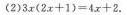
(2)$$3x(2x+1)=4x+2$$.